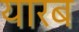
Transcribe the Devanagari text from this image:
यारब